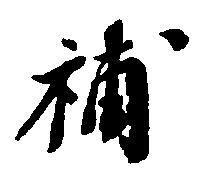
補